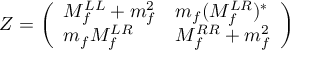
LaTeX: Z = \left( \begin{array} { l l } { { M _ { f } ^ { L L } + m _ { f } ^ { 2 } } } & { { m _ { f } ( M _ { f } ^ { L R } ) ^ { * } } } \\ { { m _ { f } M _ { f } ^ { L R } } } & { { M _ { f } ^ { R R } + m _ { f } ^ { 2 } } } \end{array} \right)